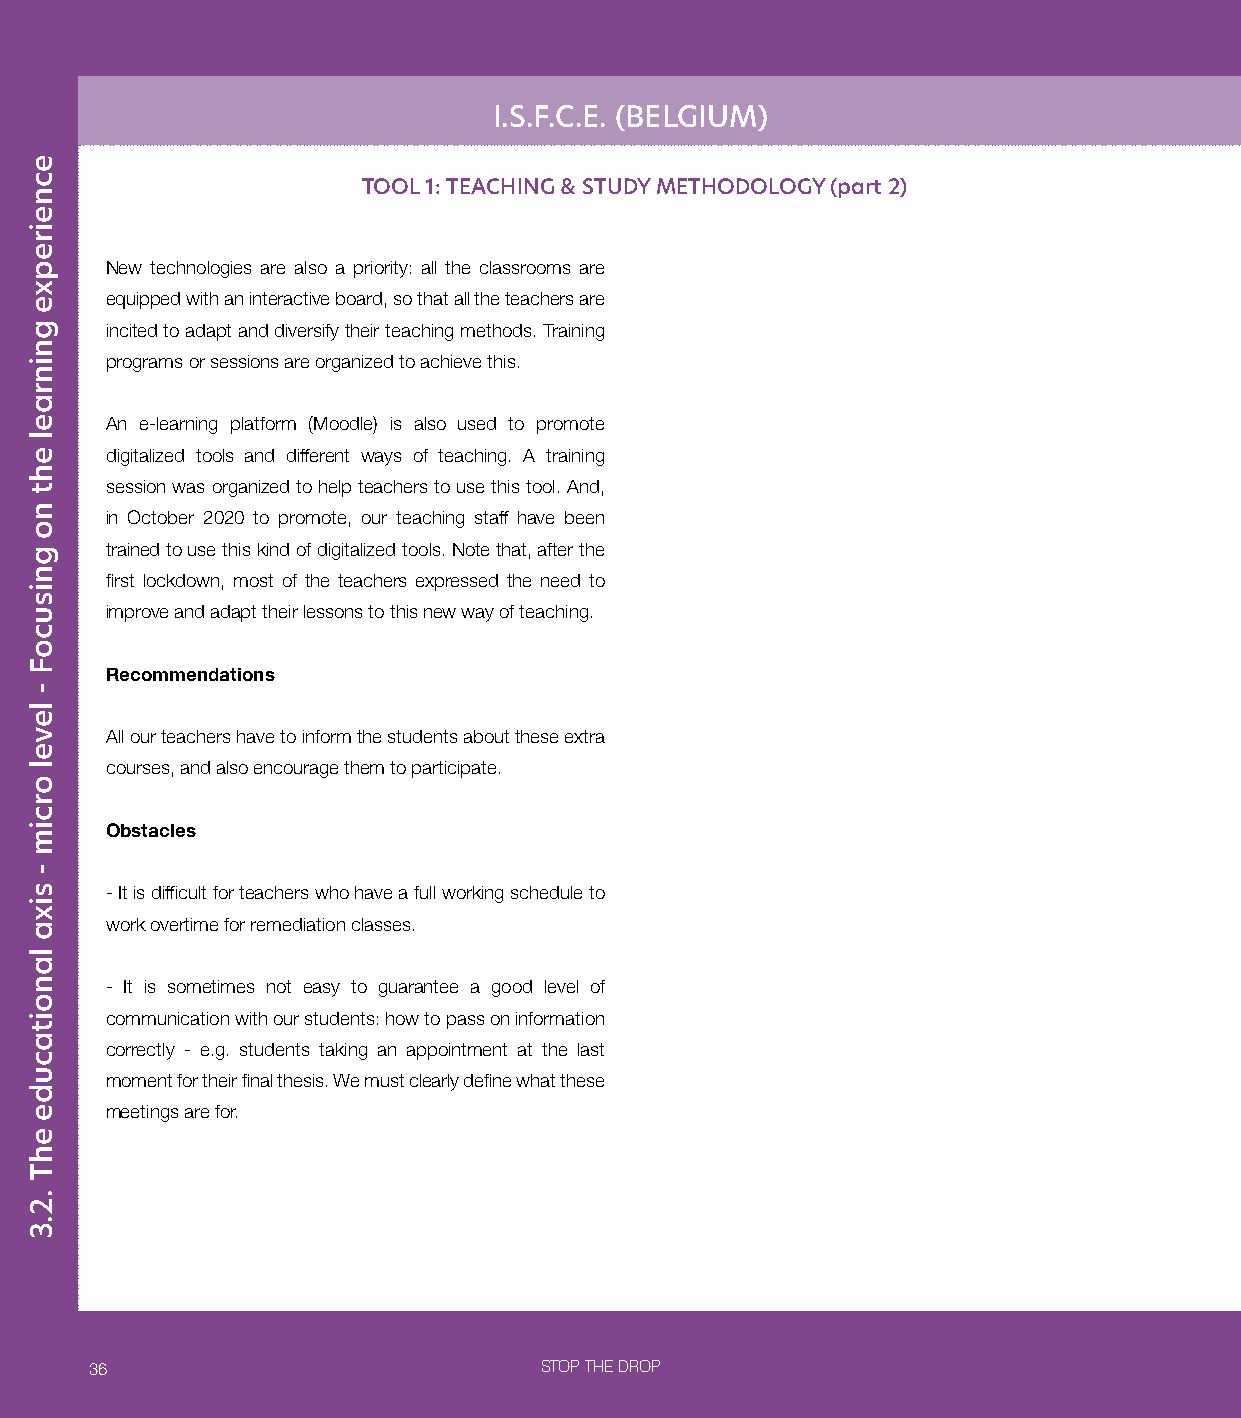
I.S.F.C.E. (BELGIUM)
 TOOL 1: TEACHING & STUDY METHODOLOGY (part 2)
 New technologies are also a priority: all the classrooms are
 equipped with an interactive board, so that all the teachers are
 incited to adapt and diversify their teaching methods. Training
 programs or sessions are organized to achieve this.
 An e-learning platform (Moodle) is also used to promote
 digitalized tools and different ways of teaching. A training
 session was organized to help teachers to use this tool. And,
 in October 2020 to promote, our teaching staff have been
 trained to use this kind of digitalized tools. Note that, after the
 first lockdown, most of the teachers expressed the need to
 improve and adapt their lessons to this new way of teaching.
 Recommendations
 All our teachers have to inform the students about these extra
 courses, and also encourage them to participate.
 Obstacles
 - It is difficult for teachers who have a full working schedule to
 work overtime for remediation classes.
 - It is sometimes not easy to guarantee a good level of
 communication with our students: how to pass on information
 correctly - e.g. students taking an appointment at the last
 moment for their final thesis. We must clearly define what these
 meetings are for.
 36                            STOP THE DROP
 ecneirepxe
 gninrael
 eht
 no
 gnisucoF
 -
 level
 orcim
 -
 sixa
 lanoitacude
 ehT
 .2.3